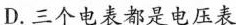
D.三个电表都是电压表